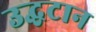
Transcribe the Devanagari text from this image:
उद्घटान